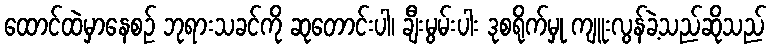
ထောင်ထဲမှာနေစဉ် ဘုရားသခင်ကို ဆုတောင်းပါ၊ ချီးမွမ်းပါး ဒုစရိုက်မှု ကျူးလွန်ခဲ့သည်ဆိုသည်